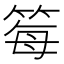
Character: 𫂂